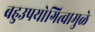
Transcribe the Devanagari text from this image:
बहुउपयोगित्वामुळे